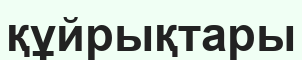
құйрықтары